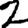
Digit: 2